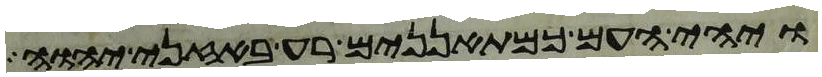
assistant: ויהי העם כמתאננים רע באזני יהוה